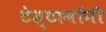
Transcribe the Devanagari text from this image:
टेस्टामॉनी